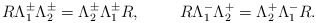
\begin{align*}R\Lambda ^{\pm}_{1}\Lambda ^{\pm}_{2} = \Lambda^{\pm}_{2}\Lambda ^{\pm}_{1}R,\hskip 1cmR\Lambda ^{-}_{1}\Lambda ^{+}_{2}= \Lambda ^{+}_{2}\Lambda ^{-}_{1}R.\end{align*}